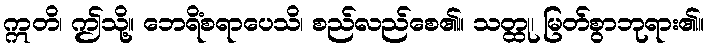
ဣတိ၊ ဤသို့။ ဘေရိံစရာပေသိ၊ စည်လည်စေ၏။ သတ္ထု၊ မြတ်စွာဘုရား၏။